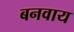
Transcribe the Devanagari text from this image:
बनवाय